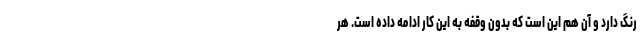
رنگ دارد و آن هم این است که بدون وقفه به این کار ادامه داده است. هر